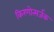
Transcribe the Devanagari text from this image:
किरणोत्सर्जक